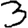
Digit: 3